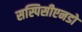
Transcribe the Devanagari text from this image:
सस्पिसीएनडो